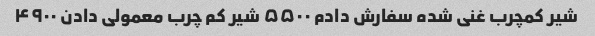
شیر کمچرب غنی شده سفارش دادم ۵۵۰۰ شیر کم چرب معمولی دادن ۴۹۰۰